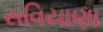
સવિયાણા